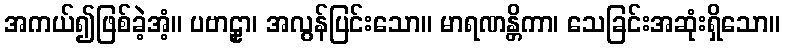
အကယ်၍ဖြစ်ခဲ့အံ့။ ပဗာဠှာ၊ အလွန်ပြင်းသော။ မာရဏန္တိကာ၊ သေခြင်းအဆုံးရှိသော။